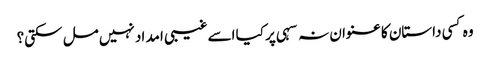
وہ کسی داستان کا عنوان نہ سہی پر کیا اسے غیبی امد اد نہیں مل سکتی؟